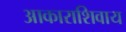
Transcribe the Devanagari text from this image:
आकाराशिवाय